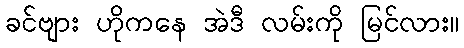
ခင်ဗျား ဟိုကနေ အဲဒီ လမ်းကို မြင်လား။